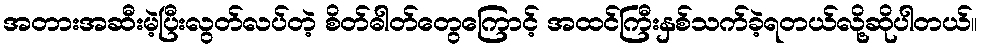
အတားအဆီးမဲ့ပြီးလွတ်လပ်တဲ့ စိတ်ဓါတ်တွေကြောင့် အထင်ကြီးနှစ်သက်ခဲ့ရတယ်လို့ဆိုပါတယ်။